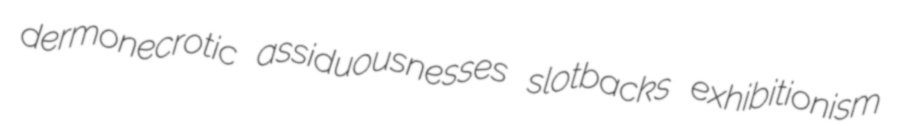
dermonecrotic assiduousnesses slotbacks exhibitionism